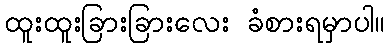
ထူးထူးခြားခြားလေး ခံစားရမှာပါ။